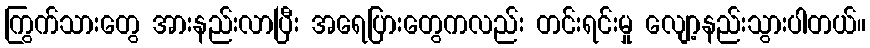
ကြွက်သားတွေ အားနည်းလာပြီး အရေပြားတွေကလည်း တင်းရင်းမှု လျော့နည်းသွားပါတယ်။